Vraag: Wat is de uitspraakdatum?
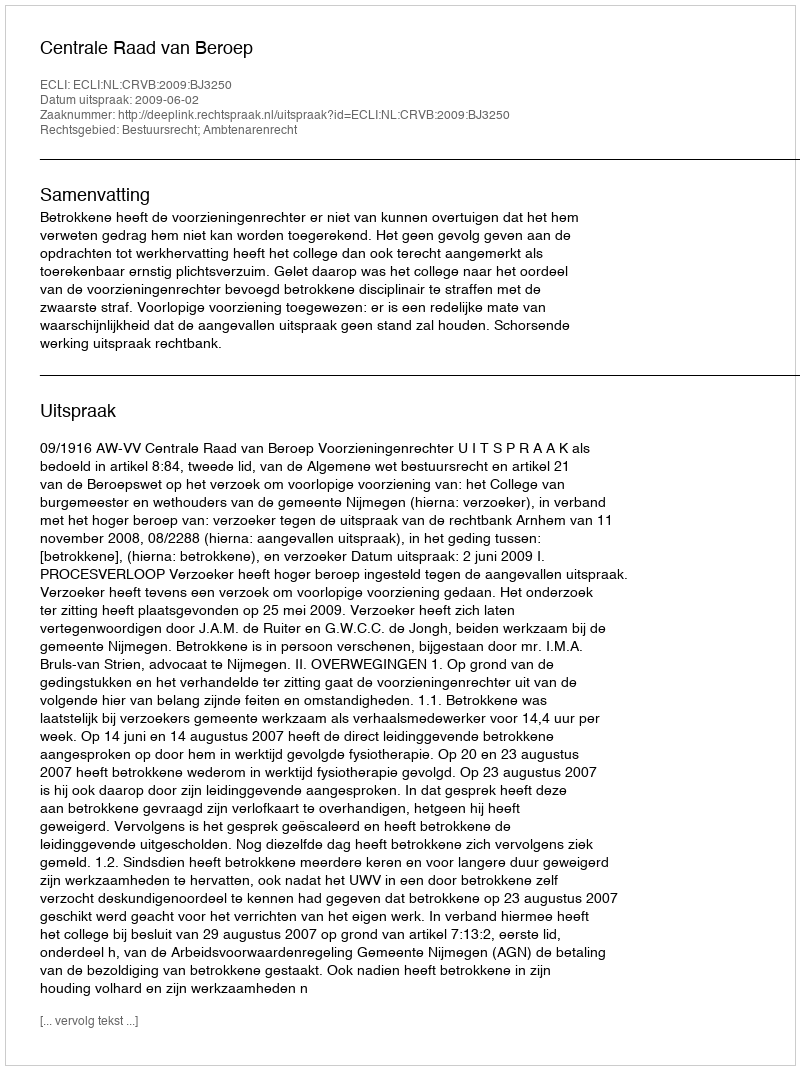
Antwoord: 2009-06-02